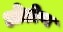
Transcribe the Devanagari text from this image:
ओडोण